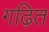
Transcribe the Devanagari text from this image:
गढ़ित